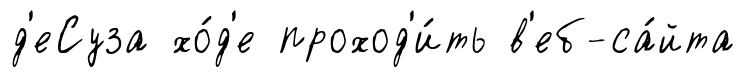
д'еСуза хо́д'е проход'и́ть в'еб-са́йта